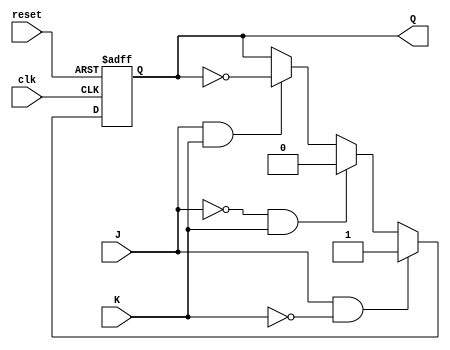
module jk_ff (
    input wire clk,
    input wire reset,
    input wire J,
    input wire K,
    output reg Q
);

always @(posedge clk or posedge reset) begin
    if (reset) begin
        Q <= 1'b0;
    end else begin
        if (J & !K) begin
            Q <= 1'b1;
        end else if (!J & K) begin
            Q <= 1'b0;
        end else if (J & K) begin
            Q <= ~Q;
        end
    end
end

endmodule